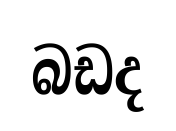
බඩද